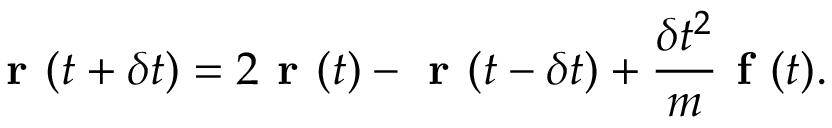
\textbf { r } ( t + \delta t ) = 2 \textbf { r } ( t ) - \textbf { r } ( t - \delta t ) + \frac { \delta t ^ { 2 } } { m } \textbf { f } ( t ) .